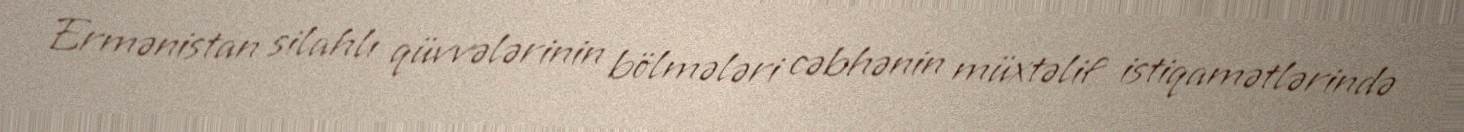
Ermənistan silahlı qüvvələrinin bölmələri cəbhənin müxtəlif istiqamətlərində